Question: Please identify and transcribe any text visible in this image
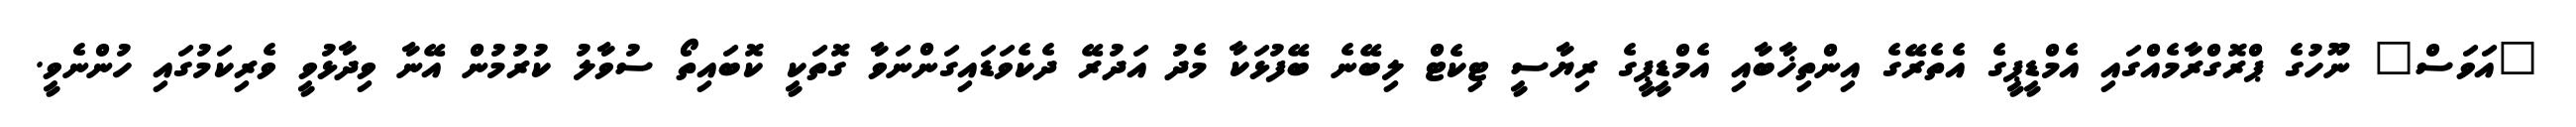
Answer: "އަވަސް" ނޫހުގެ ޕްރޮގްރާމެއްގައި އެމްޑީޕީގެ އެތެރޭގެ އިންތިޚާބާއި އެމްޑީޕީގެ ރިޔާސީ ޓިކެޓް ލިބޭނެ ބޭފުޅަކާ މެދު އަދުރޭ ދެކެވަޑައިގަންނަވާ ގޮތަކީ ކޮބައިތޯ ސުވާލު ކުރުމުން އޭނާ ވިދާޅުވީ ވެރިކަމުގައި ހުންނެވީ.